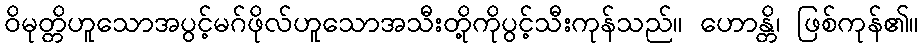
ဝိမုတ္တိဟူသောအပွင့်မဂ်ဖိုလ်ဟူသောအသီးတို့ကိုပွင့်သီးကုန်သည်။ ဟောန္တိ၊ ဖြစ်ကုန်၏။